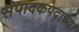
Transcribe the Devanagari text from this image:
संपादकपदाच्या